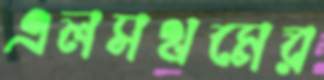
এলসথমের